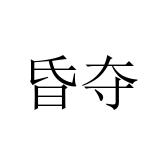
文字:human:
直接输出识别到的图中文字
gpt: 昏夺